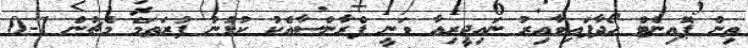
ތިން ޕޮއިންޓް ހޯދާފައިވާއިރު ނައިޖީރިއާ ވަނީ ފްރާންސާއެކު ކުޅުނު ފުރަތަމަ މެޗުން 1-0